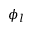
\phi _ { l }